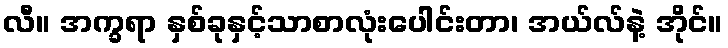
လီ။ အက္ခရာ နှစ်ခုနှင့်သာစာလုံးပေါင်းတာ၊ အယ်လ်နဲ့ အိုင်။